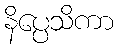
နိပ္ပေသိကာ